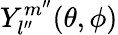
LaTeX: Y_{l^{\prime\prime}}^{m^{\prime\prime}}(\theta,\phi)